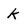
Character: k